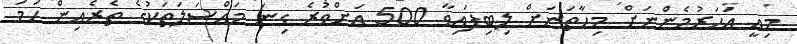
މިއީ އަހަރުމެންނަށް މިހާތަނަށް ލިބިފައިވާ 500 އަށްވުރެ ގިނަ މައްސަލަތަކުގެ ތެރެއިން ހަމަ